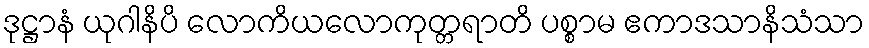
ဒုဋ္ဌာနံ ယုဂါနိပိ လောကိယလောကုတ္တရာတိ ပစ္စာမ ဧကာဒသာနိသံသာ